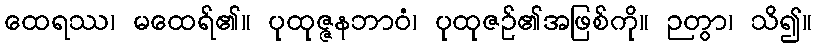
ထေရဿ၊ မထေရ်၏။ ပုထုဇ္ဇနဘာဝံ၊ ပုထုဇဉ်၏အဖြစ်ကို။ ဉတွာ၊ သိ၍။